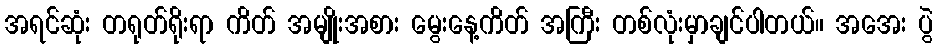
အရင်ဆုံး တရုတ်ရိုးရာ ကိတ် အမျိုးအစား မွေးနေ့ကိတ် အကြီး တစ်လုံးမှာချင်ပါတယ်။ အအေး ပွဲ